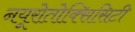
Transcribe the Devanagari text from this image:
नयूरोतोक्सिसिटी